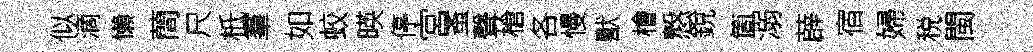
似滴懶蕳尺柢羣如蛟暎停宮蚤聲槍各慢獸檜慤銳箇溺薜宿婦税閩